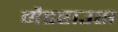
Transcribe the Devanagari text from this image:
मैडहाउस